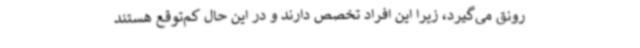
رونق می‌گیرد، زیرا این افراد تخصص دارند و در این حال کم‌توقع هستند